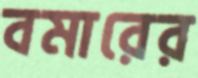
বমারের